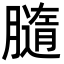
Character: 膸